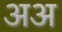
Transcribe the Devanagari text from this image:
अअ